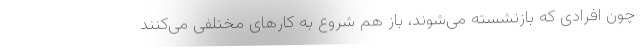
چون افرادی که بازنشسته می‌شوند، باز هم شروع به کارهای مختلفی می‌کنند